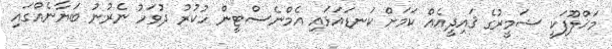
މަޚްލޫފަކީ ޟަމީރުގެ ޤައިދީއެއް ކަމަށް ކަނޑައަޅައި އެމްނެސްޓީން ހުކުރު ދުވަހު ނެރުނު ބަޔާނެއްގައި